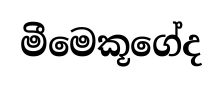
මීමෙකූගේද